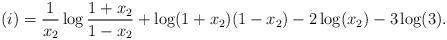
LaTeX: \begin{align*}(i)=\frac{1}{x_2}\log \frac{1+x_2}{1-x_2}+\log(1+x_2)(1-x_2)-2\log(x_2)-3\log(3).\end{align*}